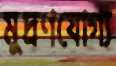
মুদ্রণযোগ্য